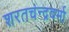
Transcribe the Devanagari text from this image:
शरतचंन्द्रवर्मा